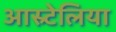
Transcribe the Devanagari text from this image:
आस्र्टेलिया